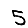
Digit: 5